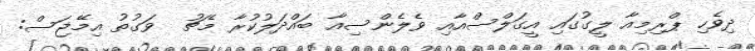
ދިވެހި ޕްރިމިއާ ލީގުގައި އީގަލްސްއާއި ވެލެންސިއާ ބައްދަލުކުރާ މެޗު  ވަގުތު އިމޭޖަސް: